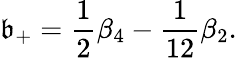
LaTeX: \mathfrak{b}_{+}=\frac{1}{2}\beta_{4}-\frac{1}{{12}}\beta_{2}.